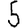
Digit: 5